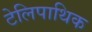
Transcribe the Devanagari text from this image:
टेलिपाथिक